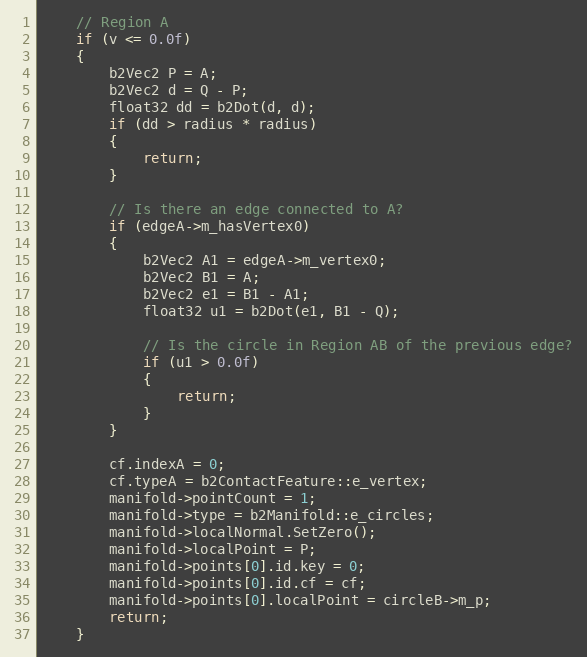
Language: C++
	// Region A
	if (v <= 0.0f)
	{
		b2Vec2 P = A;
		b2Vec2 d = Q - P;
		float32 dd = b2Dot(d, d);
		if (dd > radius * radius)
		{
			return;
		}

		// Is there an edge connected to A?
		if (edgeA->m_hasVertex0)
		{
			b2Vec2 A1 = edgeA->m_vertex0;
			b2Vec2 B1 = A;
			b2Vec2 e1 = B1 - A1;
			float32 u1 = b2Dot(e1, B1 - Q);

			// Is the circle in Region AB of the previous edge?
			if (u1 > 0.0f)
			{
				return;
			}
		}

		cf.indexA = 0;
		cf.typeA = b2ContactFeature::e_vertex;
		manifold->pointCount = 1;
		manifold->type = b2Manifold::e_circles;
		manifold->localNormal.SetZero();
		manifold->localPoint = P;
		manifold->points[0].id.key = 0;
		manifold->points[0].id.cf = cf;
		manifold->points[0].localPoint = circleB->m_p;
		return;
	}